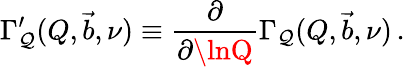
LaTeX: \Gamma_{\mathcal{Q}}^{\prime}(Q,\vec{{b}},\nu)\equiv\frac{{\partial}}{{\partial\lnQ}}\Gamma_{\mathcal{Q}}(Q,\vec{{b}},\nu)\, .